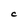
Character: C